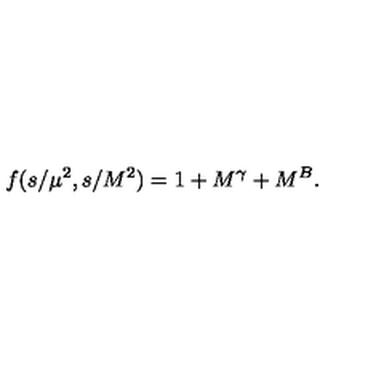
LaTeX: f ( s / \mu ^ { 2 } , s / M ^ { 2 } ) = 1 + M ^ { \gamma } + M ^ { B } .